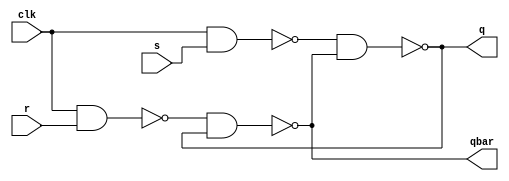
module srff(q, qbar, s, r, clk);

input s,r,clk; 
output q, qbar;

wire nand1_out; // output of nand1 
wire nand2_out; // output of nand2 

nand (nand1_out,clk,s); 
nand (nand2_out,clk,r); 
nand (q,nand1_out,qbar);
nand (qbar,nand2_out,q);

endmodule